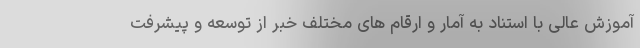
آموزش عالی با استناد به آمار و ارقام های مختلف خبر از توسعه و پیشرفت